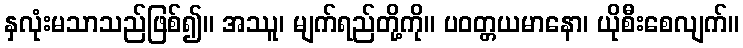
နှလုံးမသာသည်ဖြစ်၍။ အဿူ၊ မျက်ရည်တို့ကို။ ပဝတ္တယမာနော၊ ယိုစီးစေလျက်။